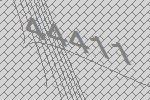
44411